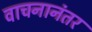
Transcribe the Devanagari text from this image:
वाचनानंतर